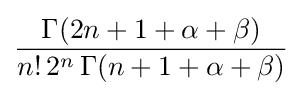
{\frac {\Gamma (2n+1+\alpha +\beta )}{n!\,2^{n}\,\Gamma (n+1+\alpha +\beta )}}